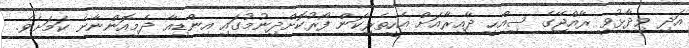
އަދި ވިދާޅުވީ ރާއްޖޭގެ ސިއްހީ ދާއިރާއަށް އެހީތެރިކަން ފޯރުކޮށްދިނުމުގައި އިންޑިއާ ދެމިއޮންނާނެ ކަމަށެވެ.